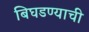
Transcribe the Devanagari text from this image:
बिघडण्याची